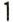
1